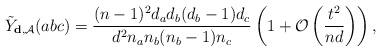
LaTeX: \begin{align*} \tilde{Y}_{\mathbf{d}, \mathcal{A}} (abc) = \frac {(n - 1)^2 d_a d_b (d_b - 1) d_c} {d^2 n_a n_b (n_b - 1) n_c} \left(1 + \mathcal{O}\left( \frac {t^2} {n d} \right) \right) ,\end{align*}